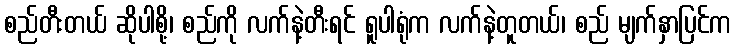
စည်တီးတယ် ဆိုပါစို့၊ စည်ကို လက်နဲ့တီးရင် ရူပါရုံက လက်နဲ့တူတယ်၊ စည် မျက်နှာပြင်က